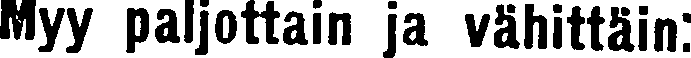
Myy paljottain ja vähittäin: